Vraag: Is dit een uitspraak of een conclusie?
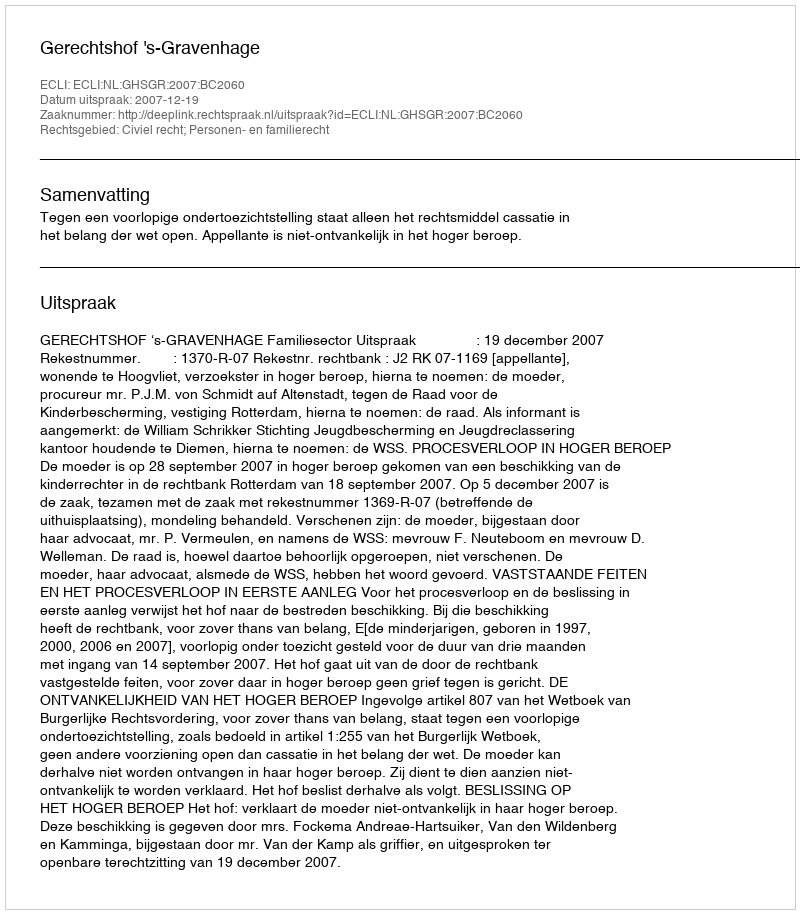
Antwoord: Uitspraak